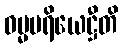
ဓမ္မပရိယေဋ္ဌီတိ